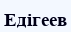
Едігеев